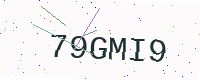
Text: 79GMI9